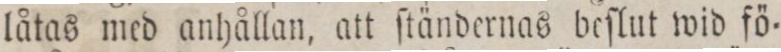
låtas med anhållan, att ſtändernas beſlut wid fö=